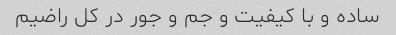
ساده و با کیفیت و جم و جور در کل راضیم